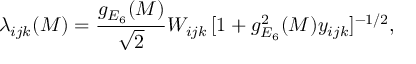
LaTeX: \lambda _ { i j k } ( M ) = \frac { g _ { E _ { 6 } } ( M ) } { \sqrt { 2 } } W _ { i j k } \, [ 1 + g _ { E _ { 6 } } ^ { 2 } ( M ) y _ { i j k } ] ^ { - 1 / 2 } ,